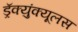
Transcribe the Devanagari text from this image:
ड्रॅक्युंक्यूलस